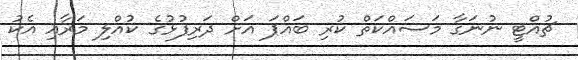
ޗުއްޓީ ނުނަގާ މަސައްކަތް ކުރި ބައްޕަ އަށް ދަރިފުޅުގެ ކުއްލި މަރާއި އެކު